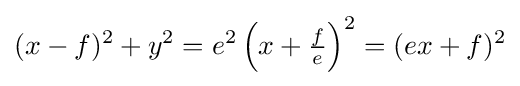
(x-f)^{2}+y^{2}=e^{2}\left(x+{\tfrac {f}{e}}\right)^{2}=(ex+f)^{2}